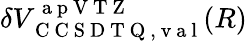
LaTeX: \delta V_{\mathrm{~C~C~S~D~T~Q~,~v~a~l~}}^{\mathrm{~a~p~V~T~Z~}}(R)